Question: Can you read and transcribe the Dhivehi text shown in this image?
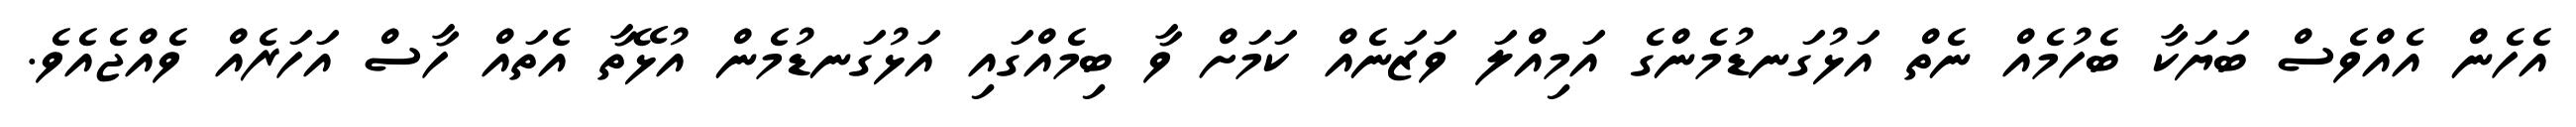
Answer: އެހެން އެއްވެސް ބަޔަކާ ބެހުމެއް ނެތް އަޅުގަނޑުމެންގެ އަމިއްލަ ވަޒަނެއް ކަމަށް ވާ ބިމެއްގައި އަޅުގަނޑުމެން އުޅޭތާ އެތައް ހާސް އަހަރެއް ވެއްޖެއެވެ.